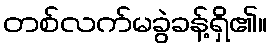
တစ်လက်မခွဲခန့်ရှိ၏။